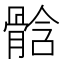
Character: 𩩊